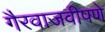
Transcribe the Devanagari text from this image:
गैरवाजवीपणे